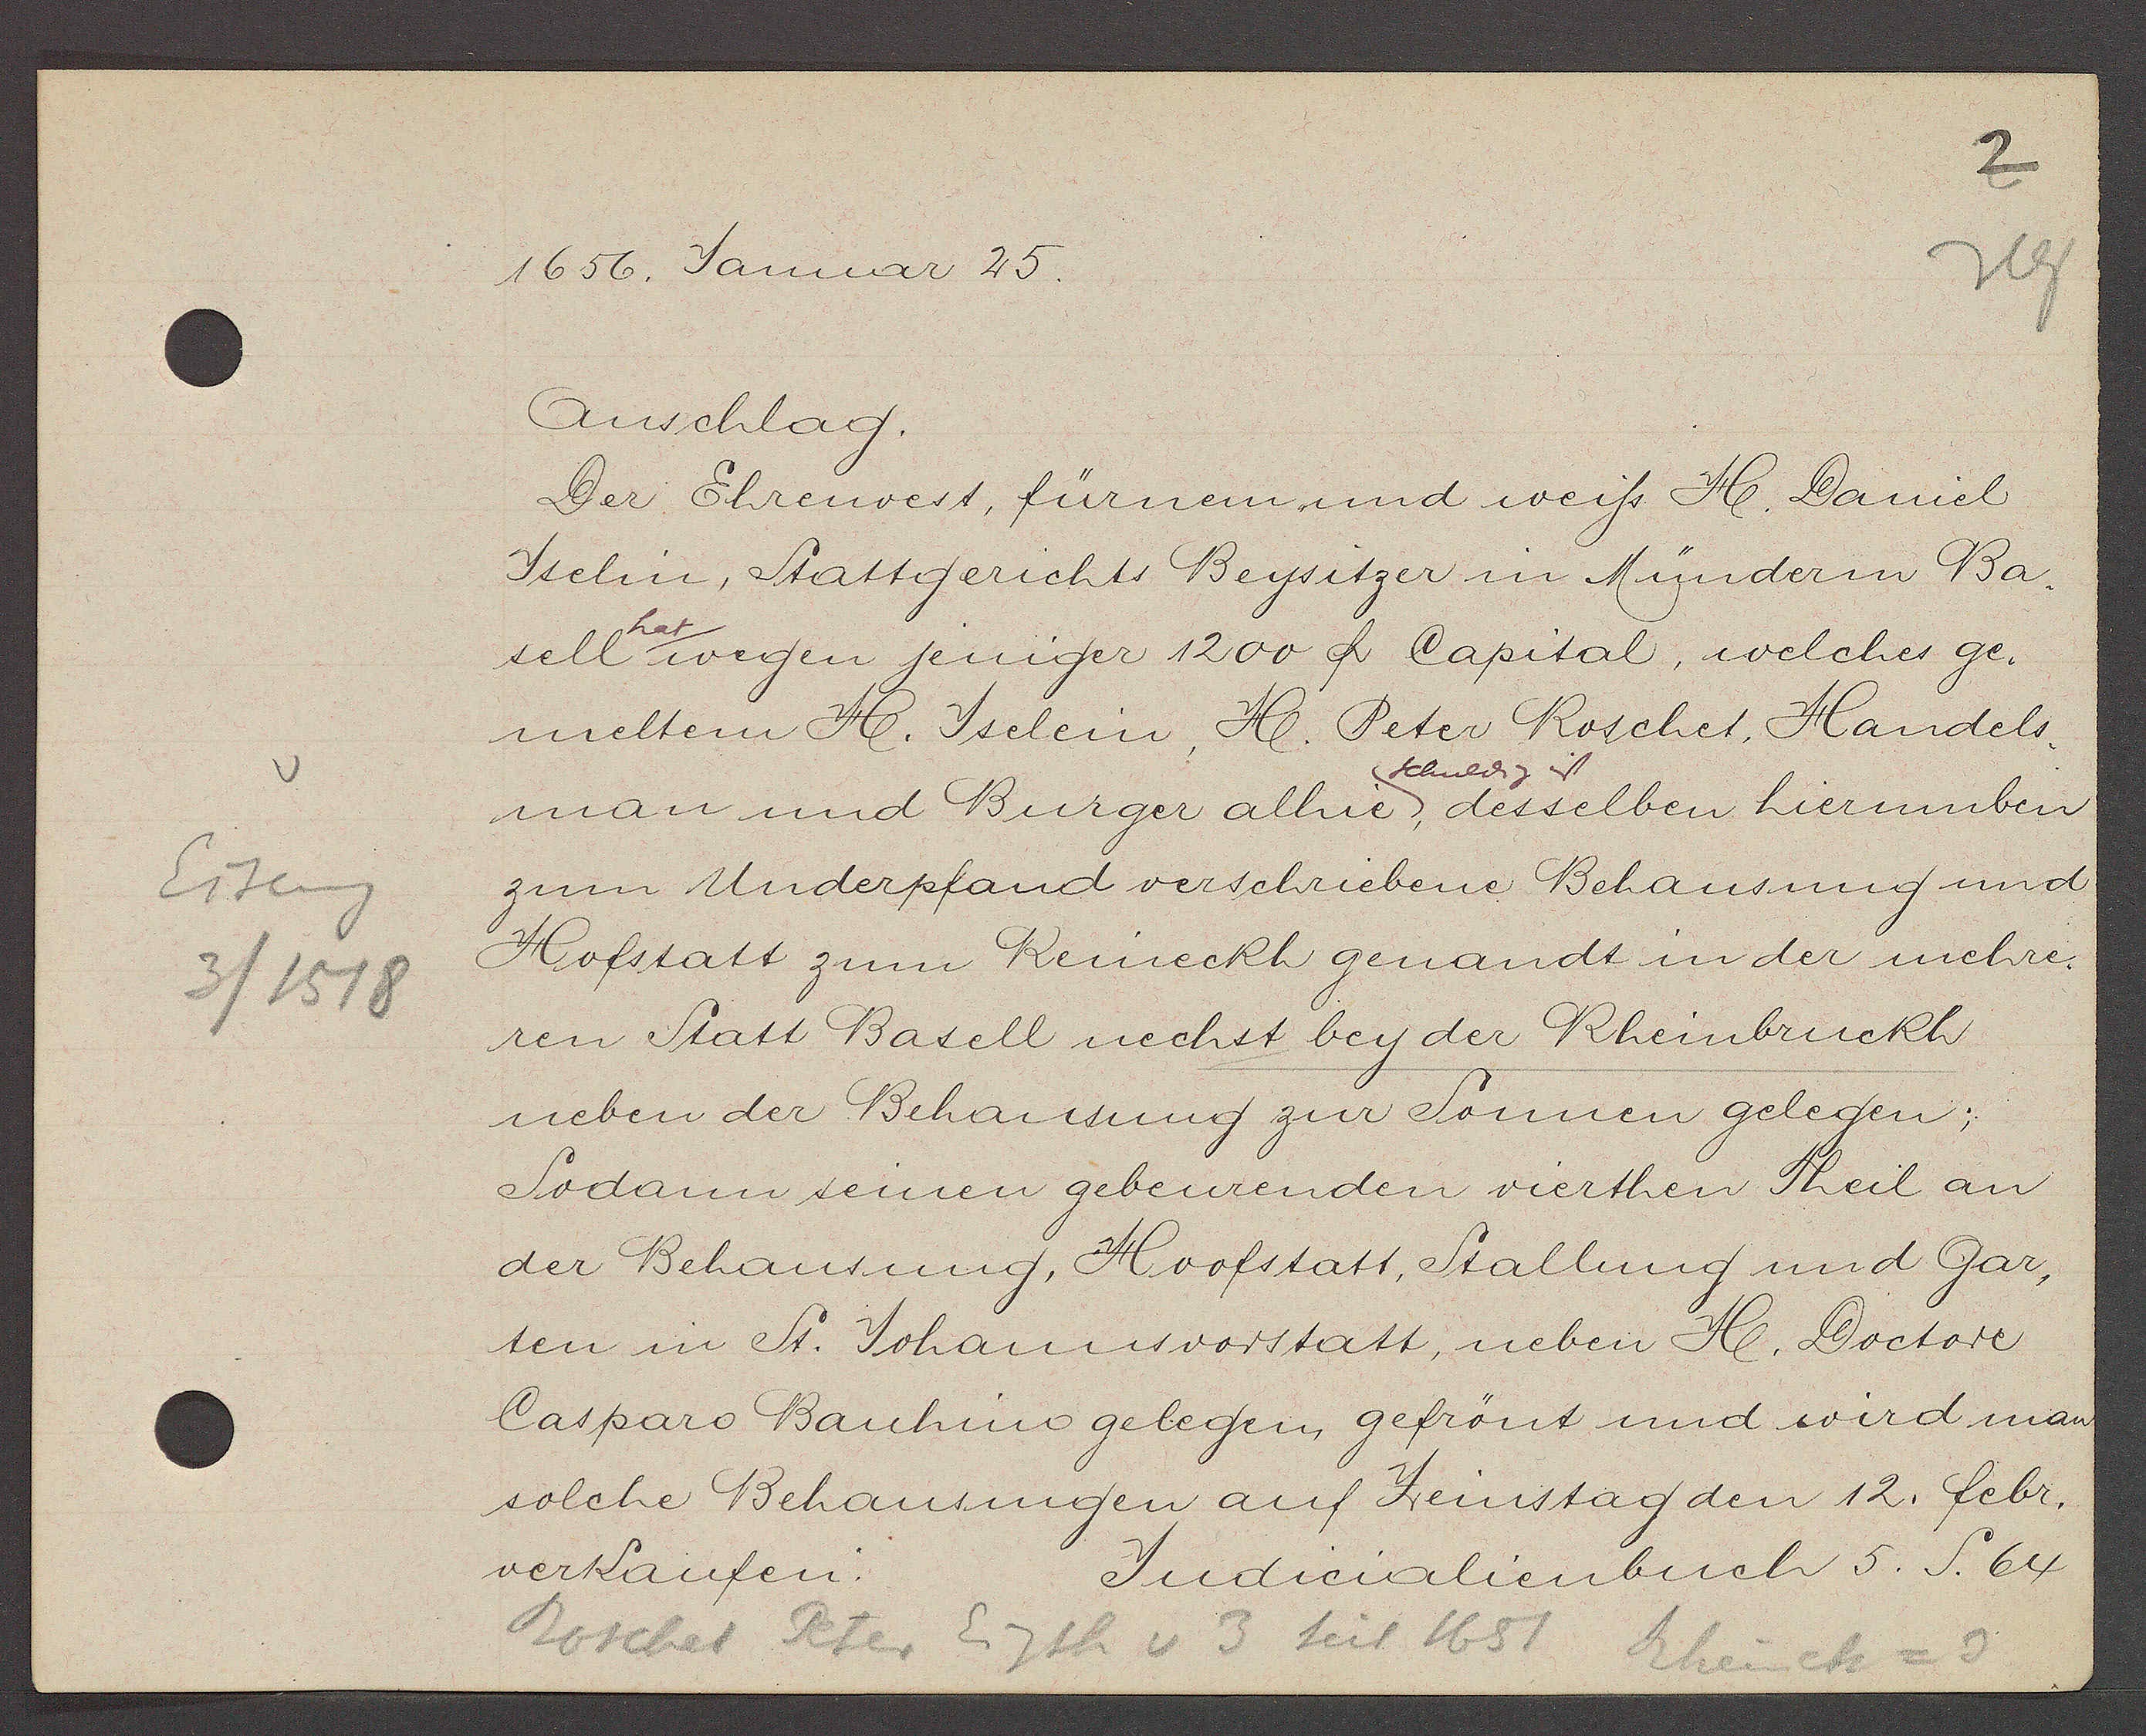
Transcript:
Eiseng
3 / 1518

1656. Januar 25.

Anschlag.
Der Ehrenvert fürnem und weiss H. Daniel
Iselin, Stattgerichts Beysitzer in Münderm Ba-
sell hat wegen jeniger 1200 ﬂ Capital, welches ge.
meltem H. Iselein, H. Peter Roschet, Handels-
man und Burger alhie, desselben hierumben
schuldig ist
zum Underpfand verschriebene Behausung und
Hofstatt zum Reineckh genandt in der mehre-
ren Statt Basell nechst bey der Rheinbruckh
neben der Behausung zur Sonnen gelegen;
Sodann seinen gebeurenden vierthen Theil an
der Behausung, Hoofstatt, Stallung und Gar-
ten in St. Johannsvorstatt, neben H. Doctore
Casparo Bauhino gelegen, gefrönt und wird man
solche Behausungen auf Zeinstag den 12. febr.
verkaufen:

Judicialienbuch 5 S. 64

Roschet Peter Eigth v 3 seit 1651. Rheineck = 3